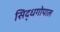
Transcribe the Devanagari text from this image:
सिद्धगोपाल